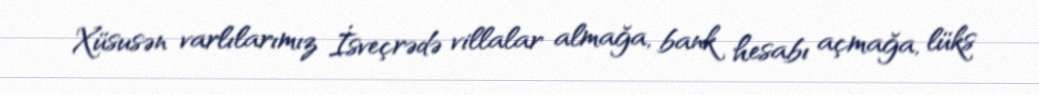
Xüsusən varlılarımız İsveçrədə villalar almağa, bank hesabı açmağa, lüks